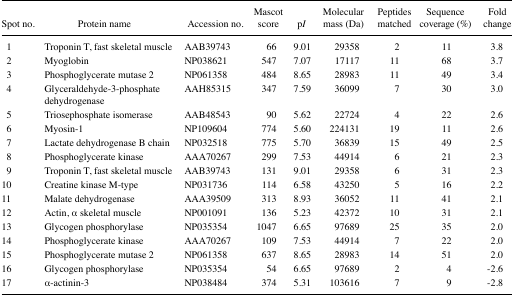
<table><thead><tr><td><b>Spot no.</b></td><td><b>Protein name</b></td><td><b>Accession no.</b></td><td><b>Mascot score</b></td><td><b>p<i>I</i></b></td><td><b>Molecular mass (Da)</b></td><td><b>Peptides matched</b></td><td><b>Sequence coverage (%)</b></td><td><b>Fold change</b></td></tr></thead><tbody><tr><td>1</td><td>Troponin T, fast skeletal muscle</td><td>AAB39743</td><td>66</td><td>9.01</td><td>29358</td><td>2</td><td>11</td><td>3.8</td></tr><tr><td>2</td><td>Myoglobin</td><td>NP038621</td><td>547</td><td>7.07</td><td>17117</td><td>11</td><td>68</td><td>3.7</td></tr><tr><td>3</td><td>Phosphoglycerate mutase2</td><td>NP061358</td><td>484</td><td>8.65</td><td>28983</td><td>11</td><td>49</td><td>3.4</td></tr><tr><td>4</td><td>Glyceraldehyde-3-phosphate dehydrogenase</td><td>AAH85315</td><td>347</td><td>7.59</td><td>36099</td><td>7</td><td>30</td><td>3.0</td></tr><tr><td>5</td><td>Triosephosphate isomerase</td><td>AAB48543</td><td>90</td><td>5.62</td><td>22724</td><td>4</td><td>22</td><td>2.6</td></tr><tr><td>6</td><td>Myosin-1</td><td>NP109604</td><td>774</td><td>5.60</td><td>224131</td><td>19</td><td>11</td><td>2.6</td></tr><tr><td>7</td><td>Lactate dehydrogenase B chain</td><td>NP032518</td><td>775</td><td>5.70</td><td>36839</td><td>15</td><td>49</td><td>2.5</td></tr><tr><td>8</td><td>Phosphoglycerate kinase</td><td>AAA70267</td><td>299</td><td>7.53</td><td>44914</td><td>6</td><td>21</td><td>2.3</td></tr><tr><td>9</td><td>Troponin T, fast skeletal muscle</td><td>AAB39743</td><td>131</td><td>9.01</td><td>29358</td><td>6</td><td>31</td><td>2.3</td></tr><tr><td>10</td><td>Creatine kinase M-type</td><td>NP031736</td><td>114</td><td>6.58</td><td>43250</td><td>5</td><td>16</td><td>2.2</td></tr><tr><td>11</td><td>Malate dehydrogenase</td><td>AAA39509</td><td>313</td><td>8.93</td><td>36052</td><td>11</td><td>41</td><td>2.1</td></tr><tr><td>12</td><td>Actin, α skeletal muscle</td><td>NP001091</td><td>136</td><td>5.23</td><td>42372</td><td>10</td><td>31</td><td>2.1</td></tr><tr><td>13</td><td>Glycogen phosphorylase</td><td>NP035354</td><td>1047</td><td>6.65</td><td>97689</td><td>25</td><td>35</td><td>2.0</td></tr><tr><td>14</td><td>Phosphoglycerate kinase</td><td>AAA70267</td><td>109</td><td>7.53</td><td>44914</td><td>7</td><td>22</td><td>2.0</td></tr><tr><td>15</td><td>Phosphoglycerate mutase 2</td><td>NP061358</td><td>637</td><td>8.65</td><td>28983</td><td>14</td><td>51</td><td>2.0</td></tr><tr><td>16</td><td>Glycogen phosphorylase</td><td>NP035354</td><td>54</td><td>6.65</td><td>97689</td><td>2</td><td>4</td><td>−2.6</td></tr><tr><td>17</td><td>α-actinin-3</td><td>NP038484</td><td>374</td><td>5.31</td><td>103616</td><td>7</td><td>9</td><td>−2.8</td></tr></tbody></table>